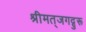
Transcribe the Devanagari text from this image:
श्रीमत्‌जगद्गुरू